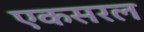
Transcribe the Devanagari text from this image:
एकसरल